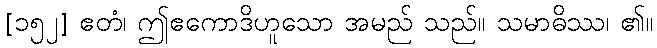
[၁၅၂] ဧတံ၊ ဤဧကောဒိဟူသော အမည် သည်။ သမာဓိဿ၊ ၏။